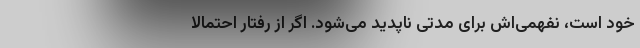
خود است، نفهمی‌اش برای مدتی ناپدید می‌شود. اگر از رفتار احتمالاً